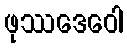
ဖုဿဒေဝေါ